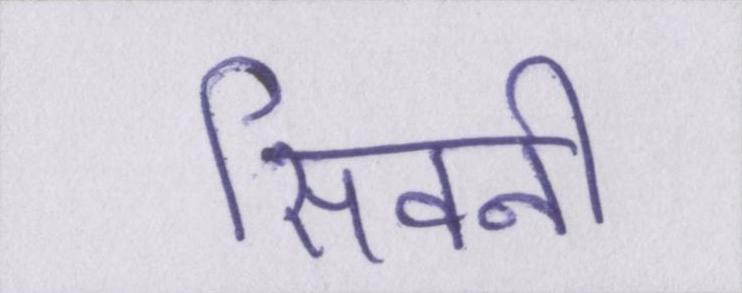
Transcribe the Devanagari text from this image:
सिवनी